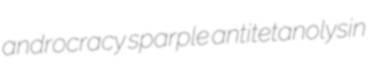
androcracy sparple antitetanolysin